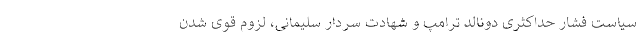
سیاست فشار حداکثری دونالد ترامپ و شهادت سردار سلیمانی، لزوم قوی شدن